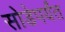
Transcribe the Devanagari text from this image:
सोडेपर्यंत